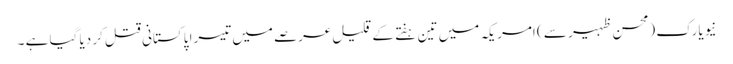
نیویارک (محسن ظہیر سے ) امریکہ میں تین ہفتے کے قلیل عرصے میں تیسرا پاکستانی قتل کر دیا گیا ہے ۔